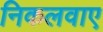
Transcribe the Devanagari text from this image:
निकलवाए